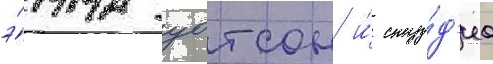
э́мма уотсон и́ сту́д'иа